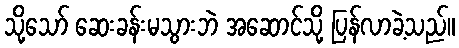
သို့သော် ဆေးခန်းမသွားဘဲ အဆောင်သို့ ပြန်လာခဲ့သည်။